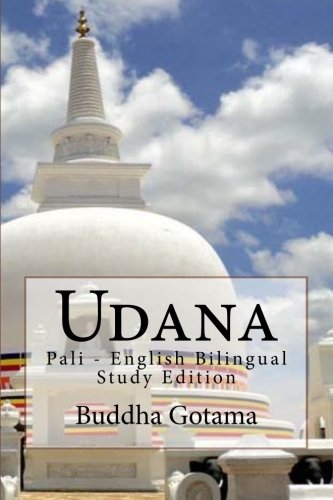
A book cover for Udana: Pali - English Bilingual Study Edition; Buddha Gotama; Religion & Spirituality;